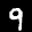
Label: 9